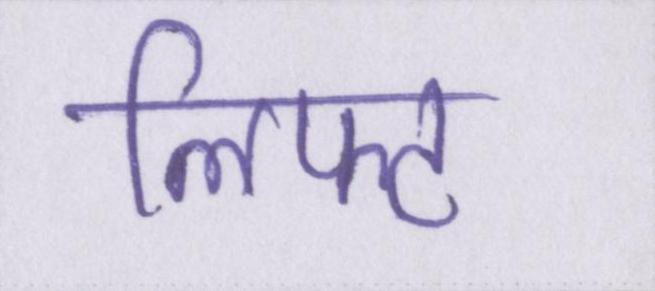
लिफ्ट